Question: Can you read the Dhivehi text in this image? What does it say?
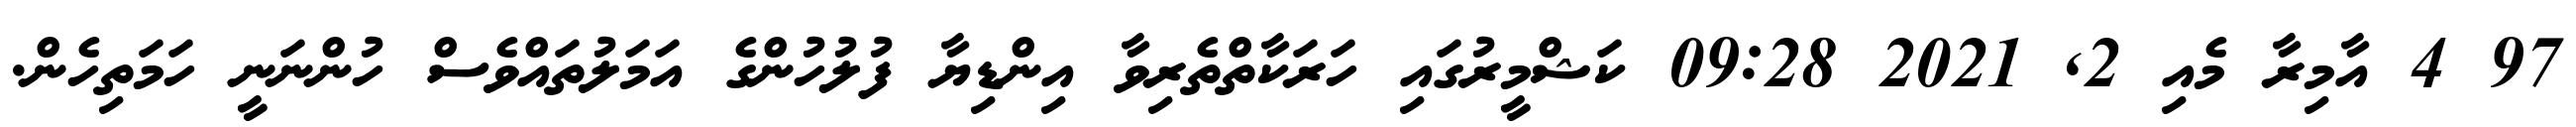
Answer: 97 4 އާމިރާ މެއި 2, 2021 09:28 ކަޝްމީރުގައި ހަރަކާތްތެރިވާ އިންޑިޔާ ފުލުހުންގެ އަމަލުތައްވެސް ހުންނަނީ ހަމަތިހެން.